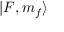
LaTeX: | F , m _ { f } \rangle